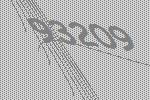
93209